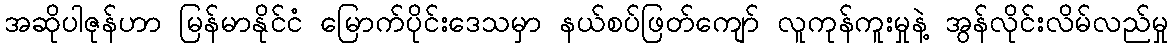
အဆိုပါဇုန်ဟာ မြန်မာနိုင်ငံ မြောက်ပိုင်းဒေသမှာ နယ်စပ်ဖြတ်ကျော် လူကုန်ကူးမှုနဲ့ အွန်လိုင်းလိမ်လည်မှု